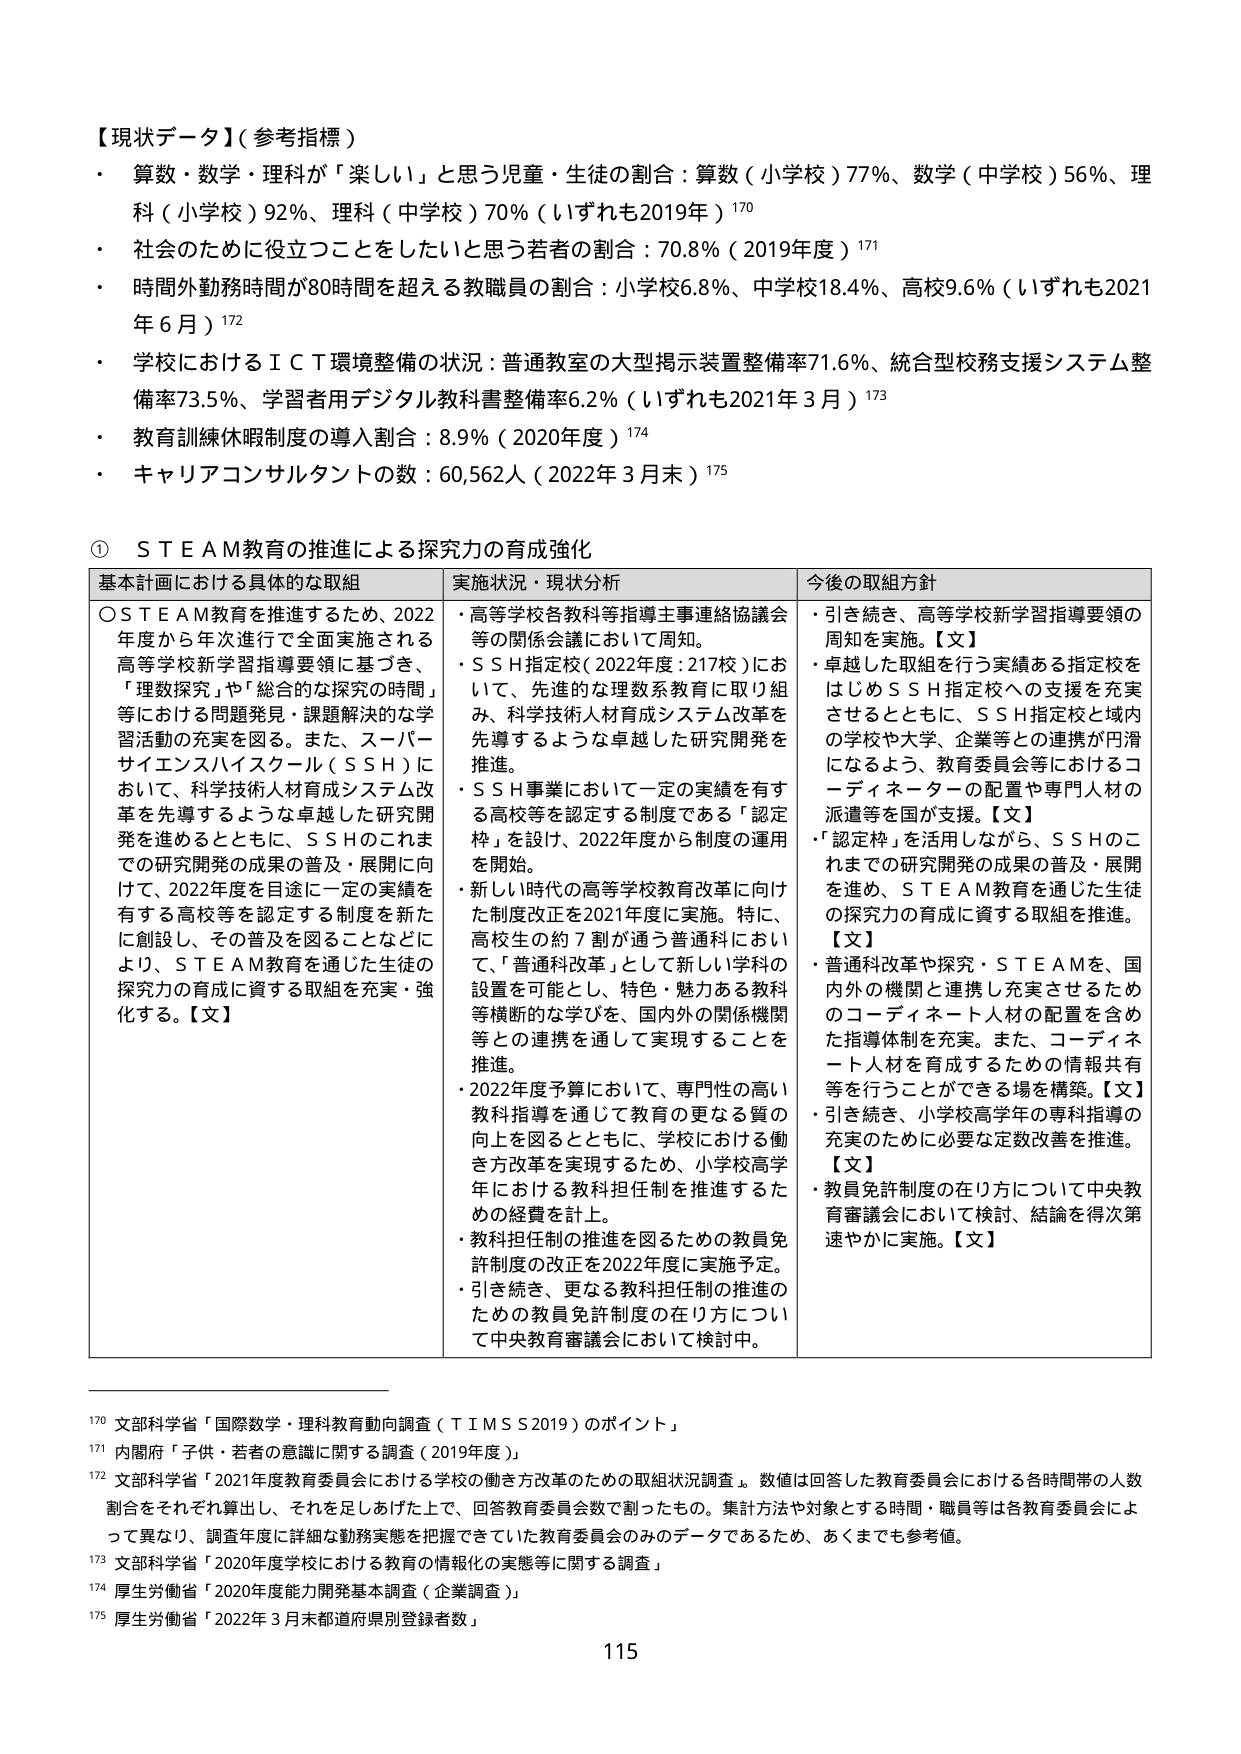
【現状データ】（参考指標）
・ 算数・数学・理科が「楽しい」と思う児童・生徒の割合：算数（小学校）77％、数学（中学校）56％、理科（小学校）92％、理科（中学校）70％（いずれも2019年）170
・ 社会のために役立つことをしたいと思う若者の割合：70.8％（2019年度）171
・ 時間外勤務時間が80時間を超える教職員の割合：小学校6.8％、中学校18.4％、高校9.6％（いずれも2021年６月）172
・ 学校におけるＩＣＴ環境整備の状況：普通教室の大型掲示装置整備率71.6％、統合型校務支援システム整備率73.5％、学習者用デジタル教科書整備率6.2％（いずれも2021年３月）173
・ 教育訓練休暇制度の導入割合：8.9％（2020年度）174
・ キャリアコンサルタントの数：60,562人（2022年３月末）175

① ＳＴＥＡＭ教育の推進による探究力の育成強化

基本計画における具体的な取組 実施状況・現状分析 今後の取組方針
〇ＳＴＥＡＭ教育を推進するため、2022年度から年次進行で全面実施される高等学校新学習指導要領に基づき、「理数探究」や「総合的な探究の時間」等における問題発見・課題解決的な学習活動の充実を図る。また、スーパーサイエンスハイスクール（ＳＳＨ）において、科学技術人材育成システム改革を先導するような卓越した研究開発を進めるとともに、ＳＳＨのこれまでの研究開発の成果の普及・展開に向けて、2022年度を認定に一定の実績を有する高校等を認定する制度を新たに創設し、その普及を図ることなどにより、ＳＴＥＡＭ教育を通じた生徒の探究力の育成に資する取組を充実・強化する。【文】
・高等学校各教科等指導主事連絡協議会等の関係会議において周知。
・ＳＳＨ指定校（2022年度：217校）において、先進的な理数系教育に取り組み、科学技術人材育成システム改革を先導するような卓越した研究開発を推進。
・ＳＳＨ事業において一定の実績を有する高校等を認定する制度である「認定枠」を設け、2022年度から制度の運用を開始。
・新しい時代の高等学校教育改革に向けた制度改正を2021年度に実施。特に、高校生の約７割が通う普通科において、「普通科改革」として新しい学科の設置を可能とし、特色・魅力ある教科等横断的な学びを、国内外の関係機関等との連携を通して実現することを推進。
・2022年度予算において、専門性の高い教科指導を通じて教育の更なる質の向上を図るとともに、学校における働き方改革を実現するため、小学校高学年における教科担任制を推進するための経費を計上。
・教科担任制の推進を図るための教員免許制度の改正を2022年度に実施予定。
・引き続き、更なる教科担任制の推進のための教員免許制度の在り方について中央教育審議会において検討中。
・引き続き、高等学校新学習指導要領の周知を実施。【文】
・卓越した取組を行う実績ある指定校をはじめＳＳＨ指定校への支援を充実させるとともに、ＳＳＨ指定校と域内の学校や大学、企業等との連携が円滑になるよう、企業委員会等におけるコーディネーターの配置や専門人材の派遣等を国が支援。【文】
・「認定枠」を活用しながら、ＳＳＨのこれまでの研究開発の成果の普及・展開を進め、ＳＴＥＡＭ教育を通じた生徒の探究力の育成に資する取組を推進。【文】
・普通科改革や探究・ＳＴＥＡＭを、国内外の機関と連携し充実させるためのコーディネート人材の配置を含めた指導体制を充実。また、コーディネート人材を育成するための情報共有等を行うことができる場を構築。【文】
・引き続き、小学校高学年の専科指導の充実のために必要な定数改善を推進。【文】
・教員免許制度の在り方について中央教育審議会において検討、結論を得次第速やかに実施。【文】

170 文部科学省「国際数学・理科教育動向調査（ＴＩＭＳＳ2019）のポイント」
171 内閣府「子供・若者の意識に関する調査（2019年度）」
172 文部科学省「2021年度教育委員会における学校の働き方改革のための取組状況調査」。数値は回答した教育委員会における各時間帯の人数割合をそれぞれ算出し、それを足しあげた上で、回答教育委員会数で割ったもの。集計方法や対象とする時間・職員等は各教育委員会によって異なり、調査年度に詳細な勤務実態を把握できていた教育委員会のみのデータであるため、あくまでも参考値。
173 文部科学省「2020年度学校における教育の情報化の実態等に関する調査」
174 厚生労働省「2020年度能力開発基本調査（企業調査）」
175 厚生労働省「2022年３月末都道府県別登録者数」

115